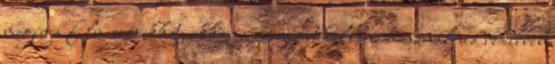
megírja film szócikkét, akkor a magyart kellene használnia redirrel